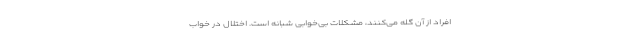
افراد از آن گله می‌کنند، مشکلات بی‌خوابی شبانه است. اختلال در خواب